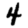
Digit: 4